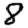
Digit: 8